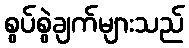
စွပ်စွဲချက်များသည်